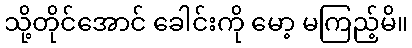
သို့တိုင်အောင် ခေါင်းကို မော့ မကြည့်မိ။